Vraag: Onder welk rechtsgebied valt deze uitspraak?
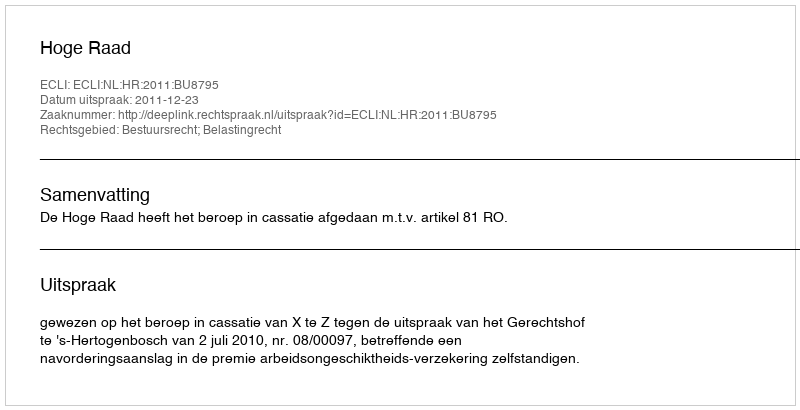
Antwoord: Bestuursrecht; Belastingrecht